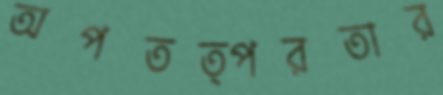
অপতত্পরতার